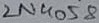
Text: 2N4058